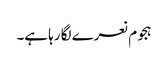
ہجوم نعرے لگا رہا ہے۔